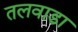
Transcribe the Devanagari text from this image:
तलवाडा